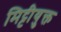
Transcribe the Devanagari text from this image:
मिट्टीयुक्त